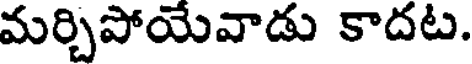
మర్చిపోయేవాడు కాదట.